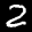
Label: 2